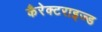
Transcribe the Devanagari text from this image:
कैरेक्टराइज्ड